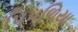
પિપળિયા